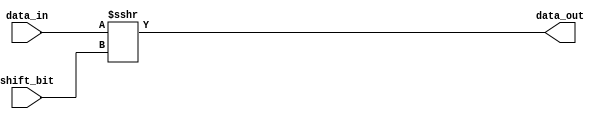
// -----------------------------------------------------------------------
// EDABK       401 C9 Building, Hanoi University of Science and Technology
//             No 1, Dai Co Viet Street, Hai Ba Trung Dist., Hanoi
// -----------------------------------------------------------------------
// Project     : Singular Value Decomposition

//1 tai sao ko dung mach day? tai sao ko can dau ra la thanh ghi
//2 tai sao lai shift_bit la 4bit?
//3 tai sao ko dung phep dich so hoc: giu  nguyen dau cua data_in 
// thi ta ko can phai chon add/sub ma luon luon la sub
// dung phep dich logic: ko giu lai dau >>> vi khi do, khi ta dich xong se dc data_out la so duong, 
// khi do ta se thuc hien x+ hoac - data_out se chi phu thuoc vao dau cua x.
// vi du: 
// khi data_out luon duong:
// 	khi x>0 => t phai - 1 so duong de thanh x cang gan 0 => x - data_out
// 	khi x<0 => x + data_out
// neu ta giu nguyen dau x:
// 	khi x > 0 => data_out >0 => x - data_out
// 	khi x < 0 => data_out <0 => x - data_out
module shift
#(
	parameter WIDTH= 24,
	parameter WIDTH_SHIFT_BIT= 4 // so luong bit 
)
(

	//input											rst,
	//input 										clk,
	input						[WIDTH_SHIFT_BIT-1:0]	shift_bit, //xac dinh dich bao nhieu bit
	input 		signed	[WIDTH-1:0] 				data_in,
	//output reg 	[WIDTH-1:0] 				data_out
	output  					[WIDTH-1:0] 				data_out
);

/*
always @(posedge clk) begin
	if(!rst) begin
		data_out <=0;
	end
	else begin
		//data_out<={1'b0,data_in[WIDTH-1:1]};
	end
end
*/

	assign data_out = data_in >>> shift_bit;
endmodule